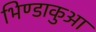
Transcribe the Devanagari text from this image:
भिण्डाकुआ